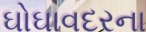
ઘોઘાવદરના